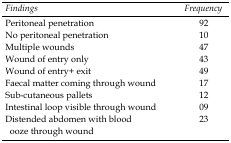
<table><thead><tr><td><b><i>Findings</i></b></td><td><b><i>Frequency</i></b></td></tr></thead><tbody><tr><td>Peritoneal penetration</td><td>92</td></tr><tr><td>No peritoneal penetration</td><td>10</td></tr><tr><td>Multiple wounds</td><td>47</td></tr><tr><td>Wound of entry only</td><td>43</td></tr><tr><td>Wound of entry+ exit</td><td>49</td></tr><tr><td>Faecal matter coming through wound</td><td>17</td></tr><tr><td>Sub-cutaneous pallets</td><td>12</td></tr><tr><td>Intestinal loop visible through wound</td><td>09</td></tr><tr><td>Distended abdomen with blood ooze through wound</td><td>23</td></tr></tbody></table>